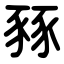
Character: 豩